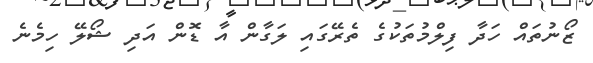
ޒޯނުތައް ހަދާ ފިލްމުތަކުގެ ތެރޭގައި ލަގާން އާ ޑޮން އަދި ޝޯލޭ ހިމެނެ